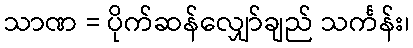
သာဏ = ပိုက်ဆန်လျှော်ချည် သင်္ကန်း၊